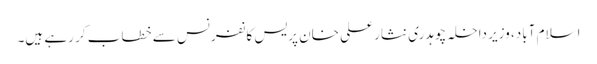
اسلام آباد، وزیر داخلہ چوہدری نثار علی خان پریس کانفرنس سے خطاب کر رہے ہیں۔